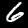
Digit: 6